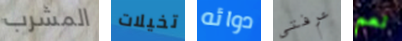
المشرب تخيلات دوائه عرفتى نعم